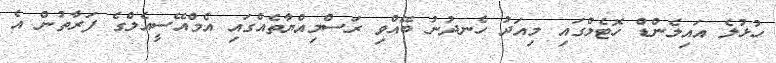
ހުޅުލެ އައިލެންޑް ހޮޓެލްގައި މިއަދު ހެނދުނު ބޭއްވި ރަސްމިއްޔާތެއްގައި އެމްއޭސީއެލްގެ ފަރާތުން އެ